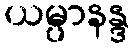
ယမ္ပာနန္ဒ